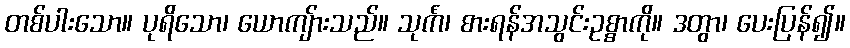
တစ်ပါးသော။ ပုရိသော၊ ယောကျ်ားသည်။ သုင်္ကံ၊ စားရန်အသွင်းဥစ္စာကို။ ဒတွာ၊ ပေးပြန်၍။